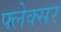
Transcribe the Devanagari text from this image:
फ्लेक्सर